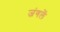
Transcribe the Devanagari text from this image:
जंगलें